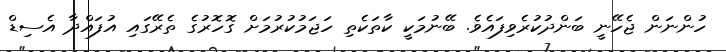
ހުންނަން ޖެހޭނީ ބަންދުކުރެވިފައެވެ. ބޭނުމަކީ ކާތަކެތި ހަޖަމުކުރުމަށް ގޮހޮރުގެ ތެރޭގައި އުފައްދާ އެސިޑް